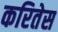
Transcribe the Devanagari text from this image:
करितेस